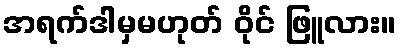
အရက်ဒါမှမဟုတ် ဝိုင် ဖြူလား။